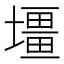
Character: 壃